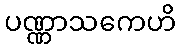
ပဏ္ဏာသကေဟိ